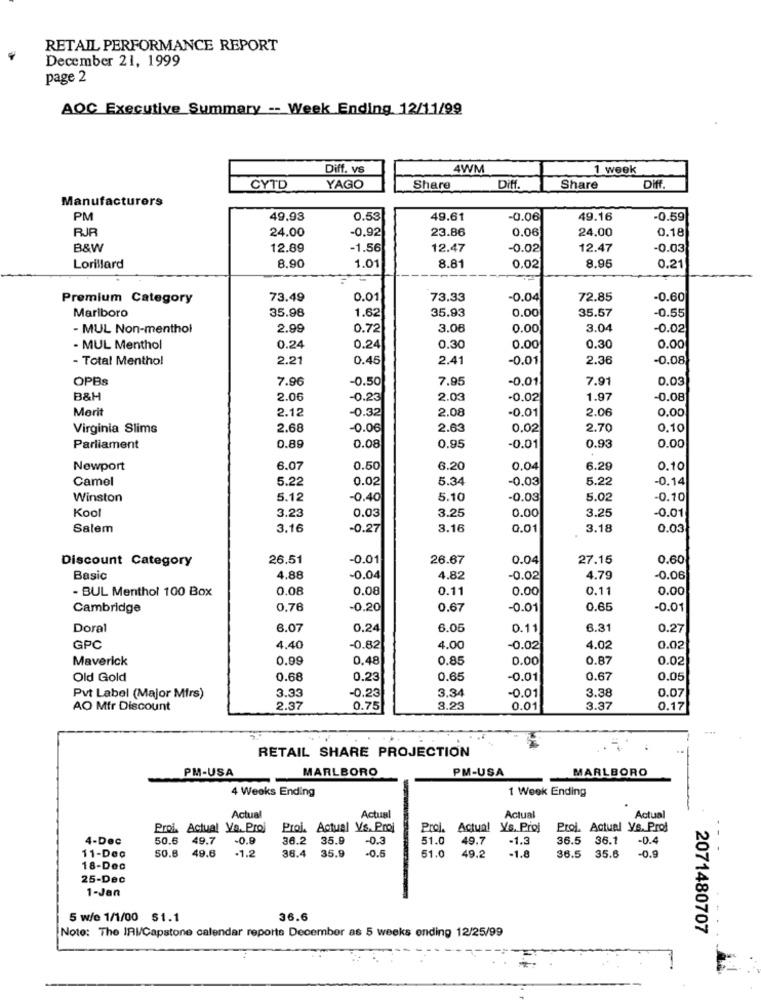
RETAIL PERFORMANCE REPORT
December 21, 1999
page 2
AOC Executive Summary -- Week Ending 12/11/99
Diff. vs
4WM
1 week
CYTD
YAGO
Share
Diff.
Share
Diff.
Manufacturers
PM
49.93
0.53
49.61
-0.06
49.16
-0.59
RJR
24.00
-0.92
23.86
0.06
24.00
0.18
B&W
12.89
-1.56
12.47
-0.02
12.47
-0.03
8.90
1.01
8.96
Lorillard
8.81
0.02
0.21
Premium Category
73.49
0.01
73.33
-0.04
72.85
-0.60
Marlboro
35.98
35.93
0.00
35.57
1.62
-0.55
- MUL Non-menthol
2.99
0.72
3.06
0.00
3.04
-0.02
- MUL Menthol
0.24
0.24
0.30
0.00
0.30
0.00
- Total Mentho!
2.21
0.45
2.41
-0.01
2.36
-0.08
OPBs
7.96
-0.50
7.95
-0.01
7.91
0.03
B&H
2.06
-0.23
2.03
-0.02
1.97
-0.08
Merit
2.12
-0.32
-0.01
2.06
0.00
2.08
Virginia Slims
2.68
-0.06
2.63
0.02
2.70
0.10
Parliament
0.89
0.08
0.95
-0.01
0.93
0.00
Newport
6.07
0.50
6.20
0,04
6.29
0.10
Camel
5.22
0.02
5.34
-0.03
5.22
-0.14
Winston
5.12
-0.40
5.10
-0.03
5.02
-0.10
Kool
3.23
0.00
3.25
-0.01
0.03
3.25
Salem
3.16
-0.27
3.16
0.01
3.18
0.03
Discount Category
26.51
-0.01
26.67
0.04
27.15
0.60
Basic
4.88
-0.04
4.82
-0.02
4.79
-0.06
- BUL Menthol 100 Box
0.08
0.08
0.11
0.00
0.11
0.00
Cambridge
0,76
-0.20
0.67
-0.01
0.65
-0.01
Doral
6.07
0.24
6.05
0.11
6.31
0.27
GPC
4.40
-0.82
4.00
-0.02
4.02
0.02
Maverick
0.99
0.48
0.85
0.00
0.87
0.02
Old Gold
0.68
0.23
0.65
-0.01
0.67
0.05
3.33
3.38
0.07
Pvt Label (Major Mirs)
-0.23
3.34
-0.01
AO Mfr Discount
2.37
0.75
3.23
0.01
3.37
0.17
RETAIL SHARE PROJECTION
PM-USA
MARLBORO
PM-USA
MARLBORO
4 Weeks Ending
1 Week Ending
Actual
Actual
Actual
Actual
Proi. Actual Ve. Proj
Proi. Actual Vs. Proj
Proj. Actual Ys. Proj
Proj. Actual ys. Prof
4-Dec
50.6 49.7
-0.9
36.2
35.9
-0.3
51.0
49.7
.1.3
36.5
36.1
-0.4
- -
50.8
49.6
-1.2
36.4
-0.5
11-Dec
35.9
51.0
49.2
-1.8
36.5
35.6
-0.9
18-Dec
25-Dec
1-Jan
5 w/e 1/1/00 $1.1
36.6
2071480707
Note: The IRI/Capstone calendar reports December as 5 weeks ending 12/25/99